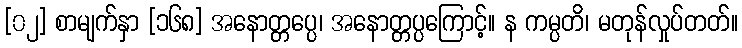
[၀၂] စာမျက်နှာ [၁၆၈] အနောတ္တပ္ပေ၊ အနောတ္တပ္ပကြောင့်။ န ကမ္ပတိ၊ မတုန်လှုပ်တတ်။